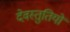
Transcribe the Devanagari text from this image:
देवस्तुतियों